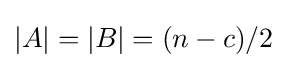
|A|=|B|=(n-c)/2